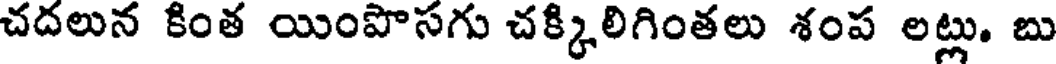
చదలున కింత యింపొసగు చక్కిలిగింతలు శంప లట్లు, బు